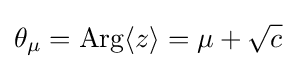
\theta _{\mu }=\mathrm {Arg} \langle z\rangle =\mu +{\sqrt {c}}